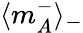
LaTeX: \langle m_{A}^{-}\rangle_{-}